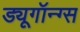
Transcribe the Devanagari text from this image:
ड्यूगॉन्ग्स